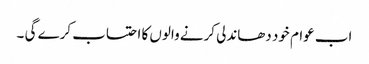
اب عوام خود دھاندلی کرنے والوں کا احتساب کرے گی ۔